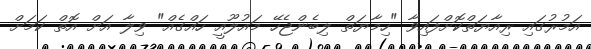
އަމުރުގައި ރިއާޔަތްކޮށްފައިވާ "ހިމާޔަތް ލިބެންޖެހޭ މައުލޫއީ ހައްގެއް" ވިލާ އަށް އޮތް ކަމަށް